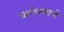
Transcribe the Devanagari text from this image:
धागेपणाचे